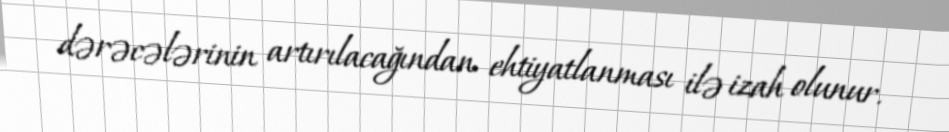
dərəcələrinin artırılacağından ehtiyatlanması ilə izah olunur.